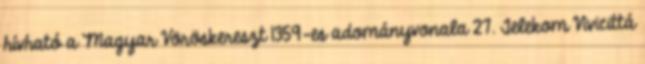
hívható a Magyar Vöröskereszt 1359-es adományvonala 27. Telekom Vivicittá